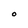
Character: O